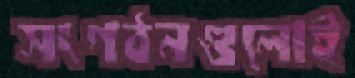
সংগঠনগুলোই